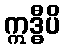
ဣဒ္ဓီပိ